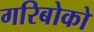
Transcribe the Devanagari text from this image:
गरिबोको